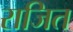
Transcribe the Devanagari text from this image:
राजित